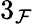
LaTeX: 3_{\mathcal{F}}